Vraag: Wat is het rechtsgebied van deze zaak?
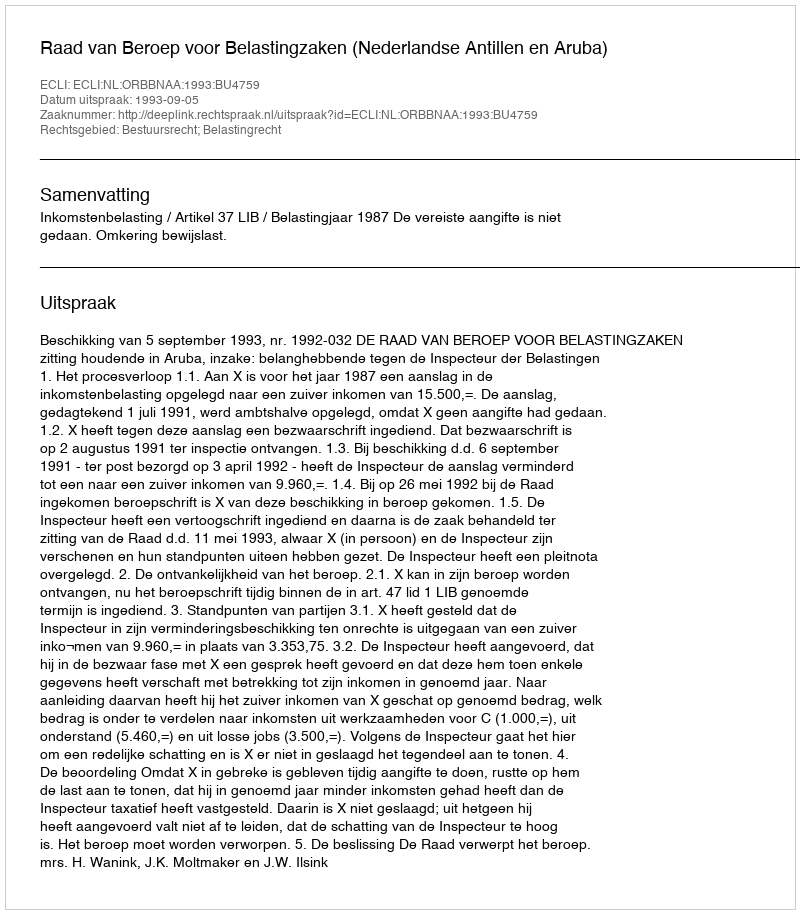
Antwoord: Bestuursrecht; Belastingrecht